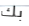
بك